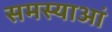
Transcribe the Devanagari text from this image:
समस्याआं